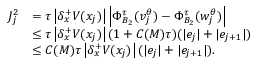
\begin{array} { r l } { J _ { j } ^ { 2 } } & { = \tau \left| { \delta _ { x } ^ { + } } V ( x _ { j } ) \right| \left| \Phi _ { B _ { 2 } } ^ { \tau } ( v _ { j } ^ { \theta } ) - \Phi _ { B _ { 2 } } ^ { \tau } ( w _ { j } ^ { \theta } ) \right| } \\ & { \leq \tau \left| { \delta _ { x } ^ { + } } V ( x _ { j } ) \right| ( 1 + C ( M ) \tau ) ( | e _ { j } | + | e _ { j + 1 } | ) } \\ & { \leq C ( M ) \tau \left| { \delta _ { x } ^ { + } } V ( x _ { j } ) \right| ( | e _ { j } | + | e _ { j + 1 } | ) . } \end{array}